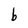
Character: b